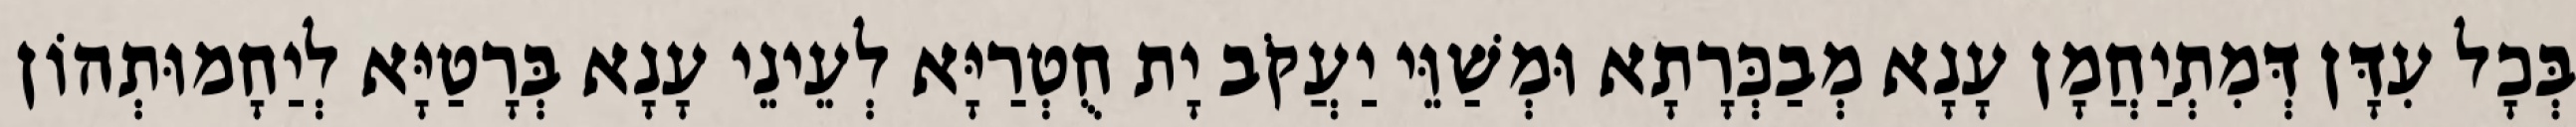
בְּכָל עִדָּן דְּמִתְיַחֲמָן עָנָא מְבַכְּרָתָא וּמְשַׁוֵּי יַעֲקֹב יָת חֻטְרַיָּא לְעֵינֵי עָנָא בְּרָטַיָּא לְיַחָמוּתְהוֹן